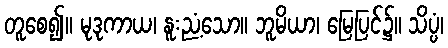
တူစေ၍။ မုဒုကာယ၊ နူးညံ့သော။ ဘူမိယာ၊ မြေပြင်၌။ သိပ္ပံ၊